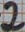
Text: 2